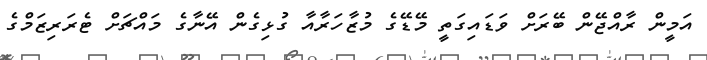
އަމީން ރާއްޖޭން ބޭރަށް ވަޑައިގަތީ މޭޑޭގެ މުޒާހަރާއާ ގުޅިގެން އޭނާގެ މައްޗަށް ޓެރަރިޒަމްގެ